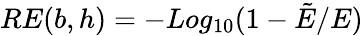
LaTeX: \begin{array}{r}{RE(b,h)=-Log_{10}(1-\tilde{E}/E)}\end{array}